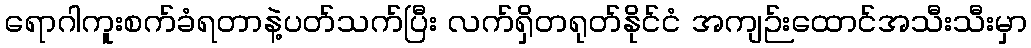
ရောဂါကူးစက်ခံရတာနဲ့ပတ်သက်ပြီး လက်ရှိတရုတ်နိုင်ငံ အကျဉ်းထောင်အသီးသီးမှာ